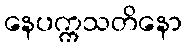
နေပက္ကသတိနော